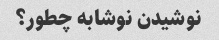
نوشیدن نوشابه چطور؟